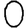
Digit: 0